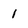
Character: l